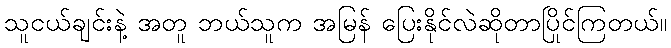
သူငယ်ချင်းနဲ့ အတူ ဘယ်သူက အမြန် ပြေးနိုင်လဲဆိုတာပြိုင်ကြတယ်။